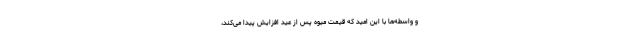
و واسطه‌ها با این امید که قیمت میوه پس از عید افزایش پیدا می‌کند،